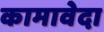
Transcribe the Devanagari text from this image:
कामावेदा